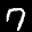
Label: 7